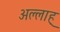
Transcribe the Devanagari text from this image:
अल्लाह्